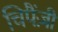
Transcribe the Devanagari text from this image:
चिपैंज़ी